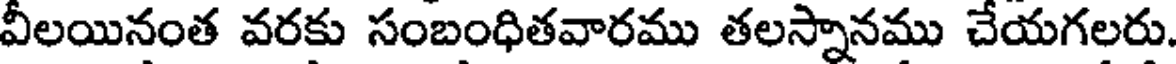
వీలయినంత వరకు సంబంధితవారము తలస్నానము చేయగలరు